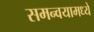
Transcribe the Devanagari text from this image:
समन्वयामध्ये